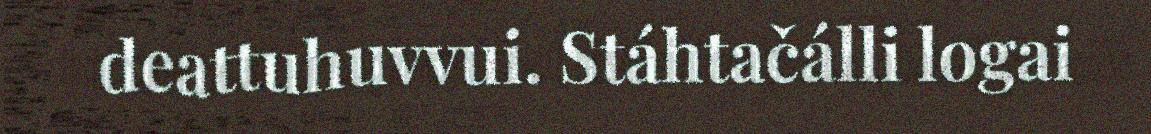
deattuhuvvui. Stáhtačálli logai